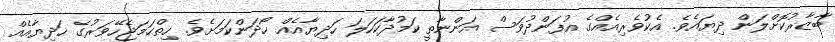
ބާޒާރުކޮށްލަން ދިޔައެވެ. އެކުވެރިއެއްގެ އުފަންދުވަސް އަންނާތީ ކަމުދާކަހަލަ ހަދިޔާއެއް ހޯދަންކަމަށެވެ. ހިތްހަމަޖެހޭވަރުގެ ހަދިޔާއެއް